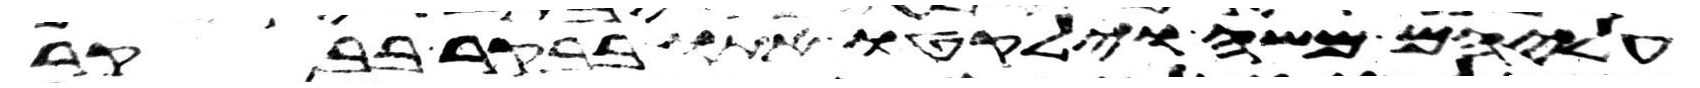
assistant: עליהם משה וילקטו אתו בבקר בבקר